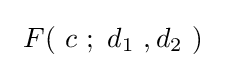
\ F\!\left(\ c\ ;\ d_{1}\ ,d_{2}\ \right)\